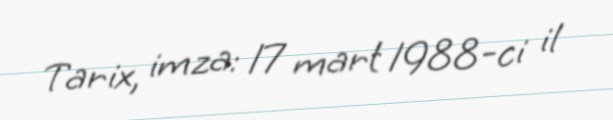
Tarix, imza: 17 mart 1988-ci il